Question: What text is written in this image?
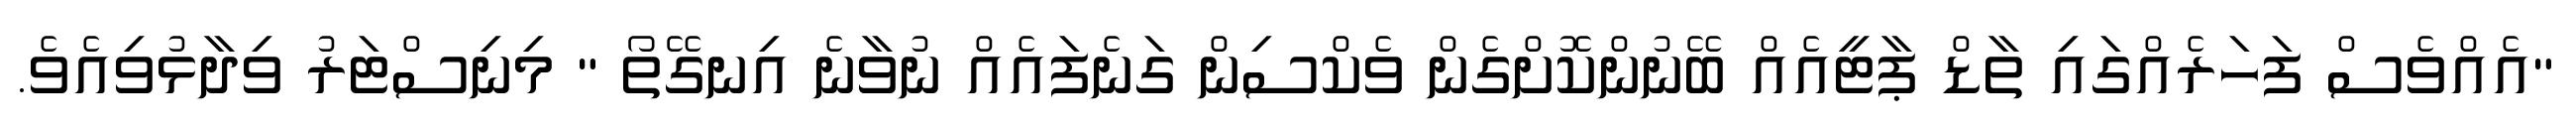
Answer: "އެއްވެސް ފަހަރެއްގައި ތާޑް ޕާޓީއެއް ބޭނުންކޮށްގެން ވެކްސިން ގަނެފައެއް ނުވާނެ އިނގޭތޯ " މިނިސްޓަރު ވިދާޅުވިއެވެ.